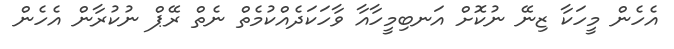
އެހެން މީހަކާ ޒިނޭ ނުކޮށް އަނބިމީހާއާ ވާހަކަދެއްކުމެތް ނެތް ރޭޕް ނުކުރާން އެހެން